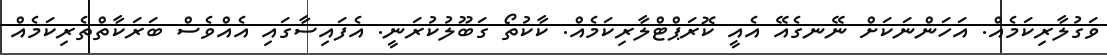
ވަގުލާރިކަމެއް. އަހަންނަކަށް ނޭނގެއޭ އެއީ ކޮރަޕްޓްލާރިކަމެއް. ކާކުތޯ ގަބޫލުކުރަނީ. އެފައިސާގައި އެއްވެސް ބަރަކާތްތެރިކަމެއް